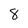
Character: 8